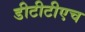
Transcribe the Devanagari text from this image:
डीटीटीएच